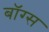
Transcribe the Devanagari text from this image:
बॉग्स